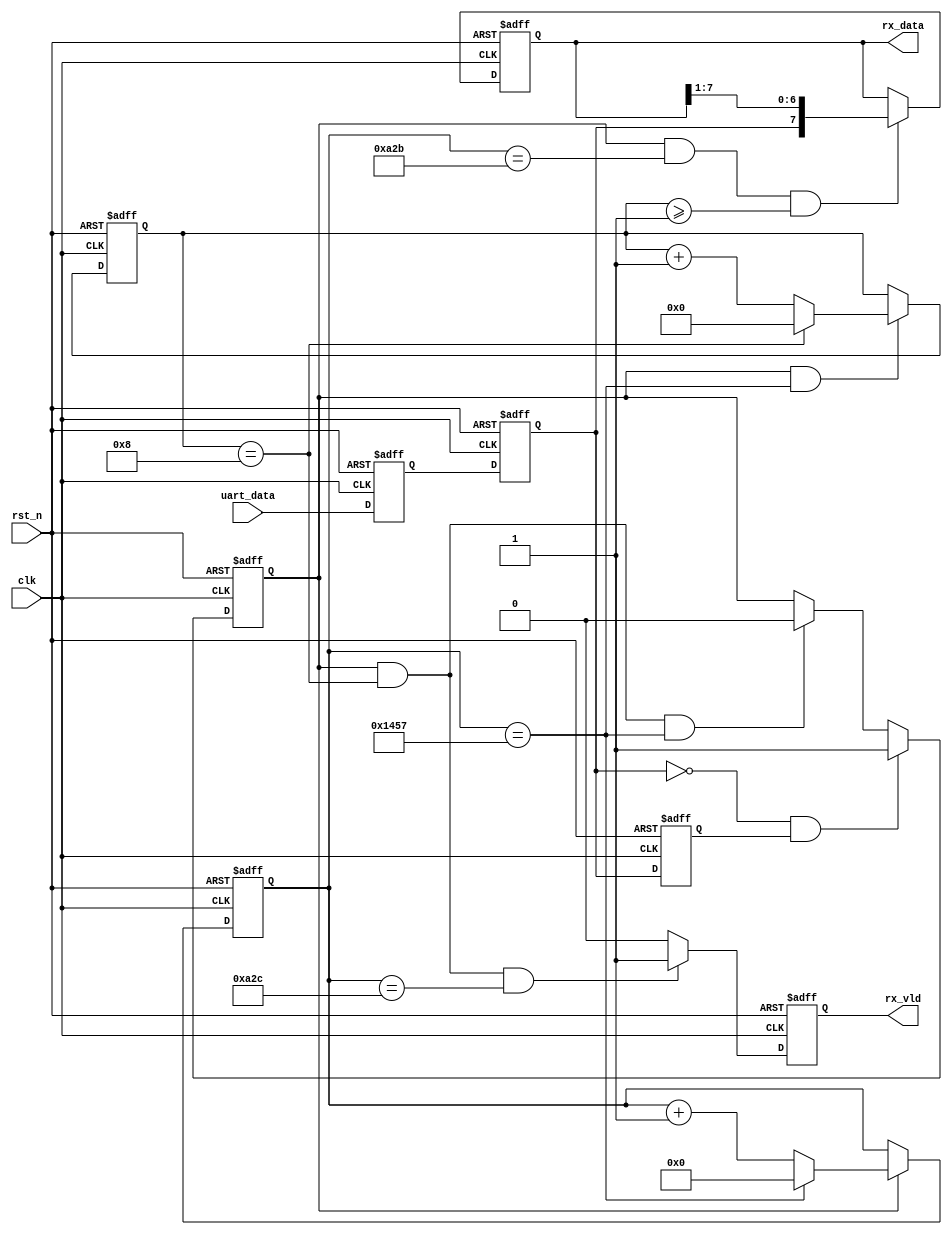
module uart_rx(
    input clk, //50MHz
    input rst_n,
    input uart_data,
    output reg rx_vld,  //clk
    output reg [7:0] rx_data
);

//9600bps
parameter N = 50_000_000 / 9600;

reg uart_data_r0, uart_data_r1, uart_data_r2, flag;
wire falling_edge;

reg[12:0] cnt1;
reg[3:0] cnt2;

always@(posedge clk or negedge rst_n) begin
    if(!rst_n) begin
        uart_data_r0 <= 0;
        uart_data_r1 <= 0;
        uart_data_r2 <= 0;
    end 
    else begin
       uart_data_r0 <= uart_data;
       uart_data_r1 <= uart_data_r0;
       uart_data_r2 <= uart_data_r1;  
    end
end

assign falling_edge = uart_data_r1 == 0 && uart_data_r2 == 1'b1;

always@(posedge clk or negedge rst_n) begin
    if(!rst_n)
        flag <= 0;
    else if(falling_edge)
        flag <= 1;
    else if(flag && cnt2 == 9 - 1 && cnt1  == N - 1)                    //
        flag <= 0;
end

always@(posedge clk or negedge rst_n) begin
    if(!rst_n)
        cnt1 <= 0;
    else if(flag) begin
        if(cnt1 == N - 1)
            cnt1 <= 0;
        else
            cnt1 <= cnt1 + 1;
    end
end

always@(posedge clk or negedge rst_n) begin
    if(!rst_n)
        cnt2 <= 0;
    else if(flag && cnt1 == N - 1) begin
        if(cnt2 == 9 - 1) 
            cnt2 <= 0;
        else
            cnt2 <= cnt2 + 1'b1;
    end
end

//

always@(posedge clk or negedge rst_n) begin
    if(!rst_n)
        rx_data <= 0;
    else if(flag && cnt1 == (N - 1 )/2 && cnt2 >= 1) 
        rx_data <= {uart_data_r1, rx_data[7:1]};
end

always@(posedge clk or negedge rst_n) begin
    if(!rst_n)
        rx_vld <= 0;
    else if(flag && cnt2 == 9 - 1 && cnt1 == (N -1) /2 + 1)
        rx_vld <= 1;
    else
        rx_vld <= 0;
end

endmodule